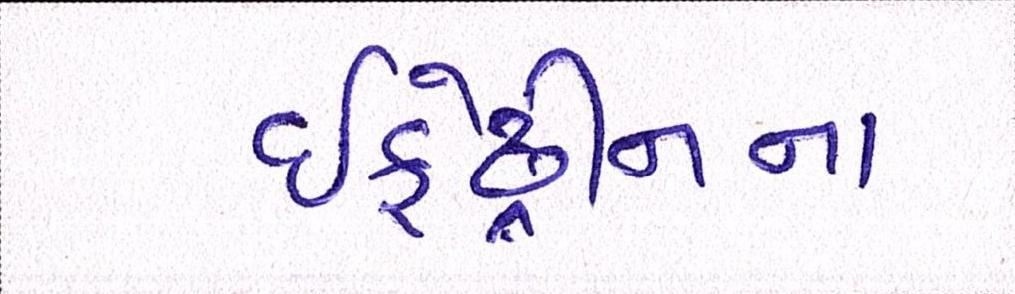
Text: ઇફેડ્રીનના